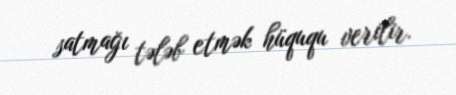
satmağı tələb etmək hüququ verilir.